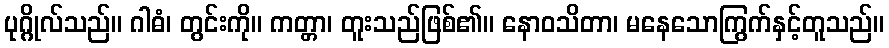
ပုဂ္ဂိုလ်သည်။ ဂါဓံ၊ တွင်းကို။ ကတ္တာ၊ တူးသည်ဖြစ်၏။ နောဝသိတာ၊ မနေသောကြွက်နှင့်တူသည်။